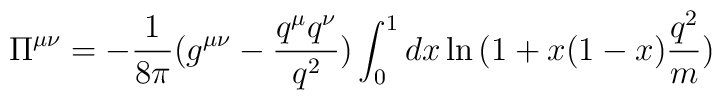
\Pi^{\mu\nu}=-\frac{1}{8\pi}(g^{\mu\nu}-\frac{q^{\mu}q^{\nu}}{q^{2}})\int_{0}^{1}dx\ln{(1+x(1-x)\frac{q^{2}}{m})}